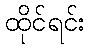
ထိုင်ရင်း